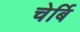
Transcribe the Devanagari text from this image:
चेर्बि